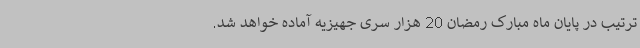
ترتیب در پایان ماه مبارک رمضان 20 هزار سری جهیزیه آماده خواهد شد.